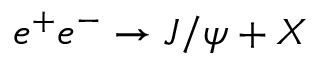
e ^ { + } e ^ { - } \to J / \psi + X